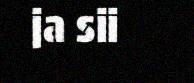
ja sii